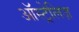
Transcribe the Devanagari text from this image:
ऑस्ट्रेलिज़